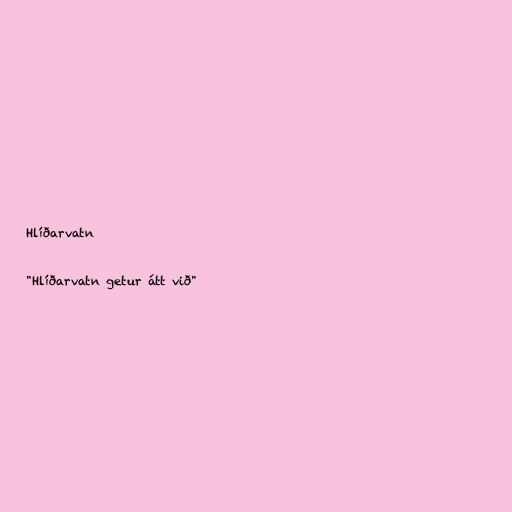
Hlíðarvatn

"Hlíðarvatn getur átt við"